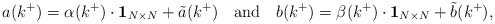
\begin{align*}a(k^+) = \alpha (k^+)\cdot \mbox{${\bf 1}_{N\times N}$} + {\tilde a}(k^+) \hspace{4mm} \mbox{and} \hspace{4mm} b(k^+) = \beta (k^+)\cdot \mbox{${\bf 1}_{N\times N}$} + {\tilde b}(k^+),\end{align*}